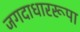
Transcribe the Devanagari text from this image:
जगदाधाररूपा